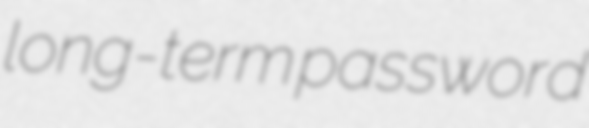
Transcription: long-term password